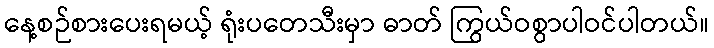
နေ့စဉ်စားပေးရမယ့် ရုံးပတေသီးမှာ ဓာတ် ကြွယ်ဝစွာပါဝင်ပါတယ်။